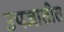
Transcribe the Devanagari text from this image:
उपजातीत